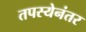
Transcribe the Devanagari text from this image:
तपस्येनंतर